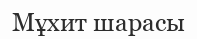
Мұхит шарасы